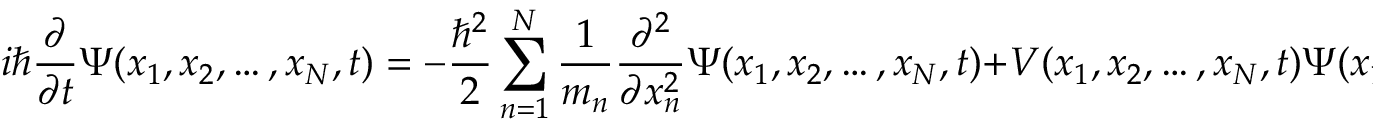
i \hbar { \frac { \partial } { \partial t } } \Psi ( x _ { 1 } , x _ { 2 } , \ldots , x _ { N } , t ) = - { \frac { \hbar ^ { 2 } } { 2 } } \sum _ { n = 1 } ^ { N } { \frac { 1 } { m _ { n } } } { \frac { \partial ^ { 2 } } { \partial x _ { n } ^ { 2 } } } \Psi ( x _ { 1 } , x _ { 2 } , \ldots , x _ { N } , t ) + V ( x _ { 1 } , x _ { 2 } , \ldots , x _ { N } , t ) \Psi ( x _ { 1 } , x _ { 2 } , \ldots , x _ { N } , t ) \, .